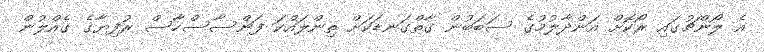
އެ ލޯންޗުގައި ރޯކޮށް އަންދާލުމުގެ ސަބަބުން ގާތްގަނޑަކަށް ތިންލައްކަ ފަންސާސްހާސް ރުފިޔާގެ ގެއްލުން